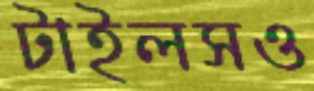
টাইলসও